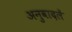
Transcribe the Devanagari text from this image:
अनुवादलें